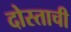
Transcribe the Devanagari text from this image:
दोस्ताची